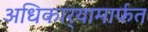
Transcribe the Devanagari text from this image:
अधिकार्‍यामार्फत